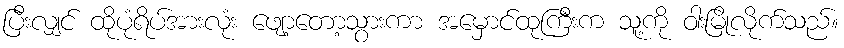
ပြီးလျှင် ထိုပုံရိပ်အားလုံး ဖျော့တော့သွားကာ အမှောင်ထုကြီးက သူ့ကို ဝါးမြိုလိုက်သည်။